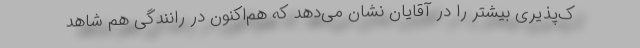
ک‌پذیری بیشتر را در آقایان نشان می‌دهد که هم‌اکنون در رانندگی هم شاهد